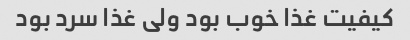
کیفیت غذا خوب بود ولی غذا سرد بود